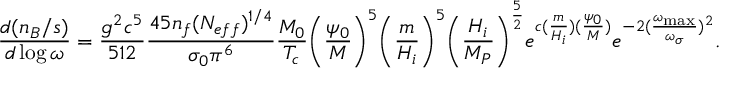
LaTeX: \frac { d ( n _ { B } / s ) } { d \log { \omega } } = \frac { g ^ { 2 } c ^ { 5 } } { 5 1 2 } \frac { 4 5 n _ { f } ( N _ { e f f } ) ^ { 1 / 4 } } { \sigma _ { 0 } \pi ^ { 6 } } \frac { M _ { 0 } } { T _ { c } } \biggl ( \frac { \psi _ { 0 } } { M } \biggr ) ^ { 5 } \biggl ( \frac { m } { H _ { i } } \biggr ) ^ { 5 } \biggl ( \frac { H _ { i } } { M _ { P } } \biggr ) ^ { \frac { 5 } { 2 } } e ^ { c ( \frac { m } { H _ { i } } ) ( \frac { \psi _ { 0 } } { M } ) } e ^ { - 2 ( \frac { \omega _ { \mathrm { m a x } } } { \omega _ { \sigma } } ) ^ { 2 } } .